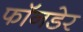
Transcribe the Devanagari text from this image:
फॉनडेर